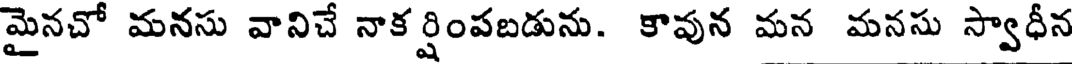
మైనచో మనసు వానిచే నాకర్షింపబడును. కావున మన మనసు స్వాధీన